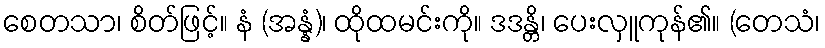
စေတသာ၊ စိတ်ဖြင့်။ နံ (အန္နံ)၊ ထိုထမင်းကို။ ဒဒန္တိ၊ ပေးလှူကုန်၏။ (တေသံ၊